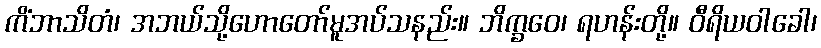
ကိံဘာသိတံ၊ အဘယ်သို့ဟောတော်မူအပ်သနည်း။ ဘိက္ခဝေ၊ ရဟန်းတို့။ ဝီရိယဝါခေါ၊